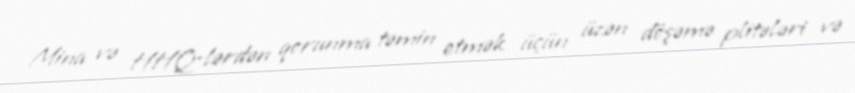
Mina və HHQ-lərdən qorunma təmin etmək üçün üzən döşəmə plitələri və